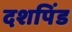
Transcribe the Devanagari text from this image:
दशपिंड